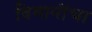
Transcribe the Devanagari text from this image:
विमानांंचा